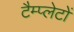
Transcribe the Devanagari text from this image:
टैम्प्लेटों